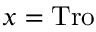
x = \mathrm { T r o }